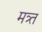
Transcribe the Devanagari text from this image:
मत्र्त